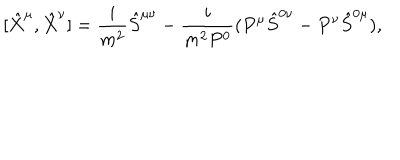
[ \hat { X } ^ { \mu } , \hat { X } ^ { \nu } ] = \frac { i } { m ^ { 2 } } \hat { S } ^ { \mu \nu } - \frac { i } { m ^ { 2 } P ^ { 0 } } ( P ^ { \mu } \hat { S } ^ { 0 \nu } - P ^ { \nu } \hat { S } ^ { 0 \mu } ) ,